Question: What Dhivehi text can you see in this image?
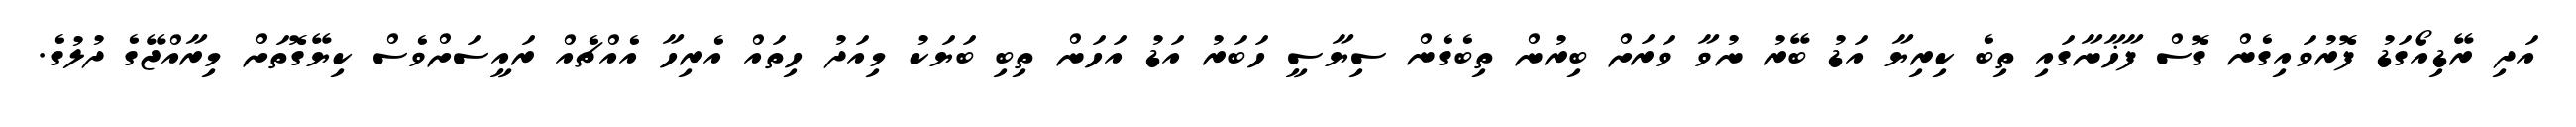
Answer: އަދި ރޭޑިއޯގަޑު ފޮރުވައިގެން ގޮސް ފާޚާނާގައި ތިބެ ކިރިޔާ އަޑު ބޭރު ނުވާ ވަރަށް ބިރުން ތިބެގެން ސިޔާސީ ހަބަރު އަޑު އަހަން ތިބި ބަޔަކު މިއަދު ހިތައް އެރިހާ އެއްޗެއް ރައީސަށްވެސް ކިޔޭގޮތަށް މިރާއްޖޭގެ ދުލުގެ.